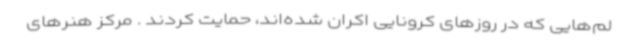
لم‌هایی که در روزهای کرونایی اکران شده‌اند، حمایت کردند . مرکز هنرهای